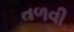
તળવી